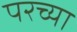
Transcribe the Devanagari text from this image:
परच्या